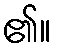
၏။